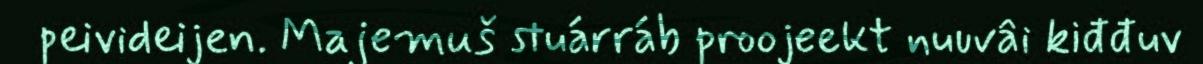
peivideijen. Majemuš stuárráb proojeekt nuuvâi kiđđuv